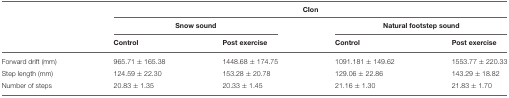
|  | <COLSPAN=4> CIon |
 |  | <COLSPAN=2> Snow sound | <COLSPAN=2> Natural footstep sound |
 |  | Control | Post exercise | Control | Post exercise |
 | --- | --- | --- | --- | --- |
 | Forward drift (mm) | 965.71 ± 165.38 | 1448.68 ± 174.75 | 1091.181 ± 149.62 | 1553.77 ± 220.33 |
 | Step length (mm) | 124.59 ± 22.30 | 153.28 ± 20.78 | 129.06 ± 22.86 | 143.29 ± 18.82 |
 | Number of steps | 20.83 ± 1.35 | 20.33 ± 1.45 | 21.16 ± 1.30 | 21.83 ± 1.70 |